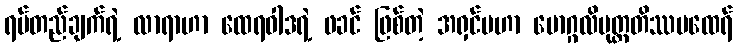
ရပ်တည်ချက်ရဲ့ လာရာဟာ ထေရဝါဒရဲ့ ဖခင် ဖြစ်တဲ့ အရှင်မဟာ မောဂ္ဂလိပုတ္တတိဿမထေရ်